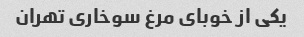
یکی از خوبای مرغ سوخاری تهران